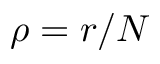
\rho = r / N